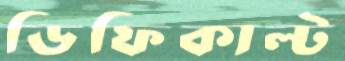
ডিফিকাল্ট